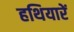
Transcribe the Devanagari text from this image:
हथियारें